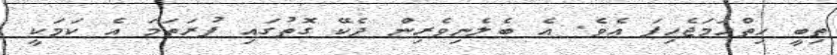
ތިބީ ހިތްހަމަޖެހިފަ އެވެ. އެ ބެލެނިވެރިން ދެކޭ ގޮތުގައި ފުރަތަމަ އެ ކަމަކީ